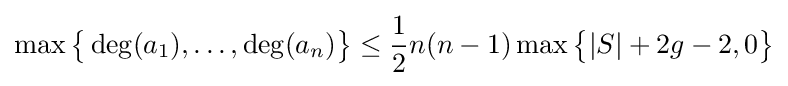
\max {\bigl \{}\deg(a_{1}),\ldots ,\deg(a_{n}){\bigr \}}\leq {\frac {1}{2}}n(n-1)\max {\bigl \{}|S|+2g-2,0{\bigr \}}